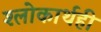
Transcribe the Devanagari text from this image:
श्लोकार्थही